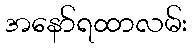
အနော်ရထာလမ်း